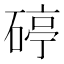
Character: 碠